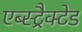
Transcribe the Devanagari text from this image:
एब्स्ट्रैक्टेड